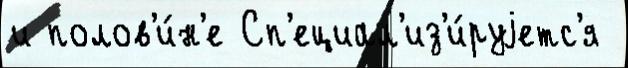
и полов'и́н'е Сп'ециал'из'и́руjетс'я